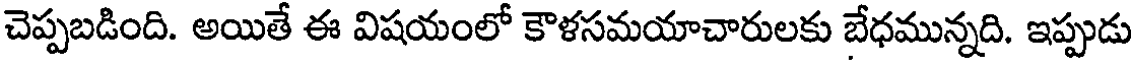
చెప్పబడింది. అయితే ఈ విషయంలో కౌళసమయాచారులకు బేధమున్నది. ఇప్పుడు